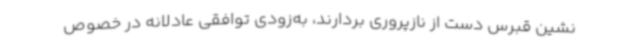
نشین قبرس دست از نازپروری بردارند، به‌زودی توافقی عادلانه در خصوص